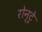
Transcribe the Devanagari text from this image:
रोन्ट्रे